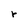
Character: r